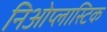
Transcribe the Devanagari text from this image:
निओप्लास्टिक